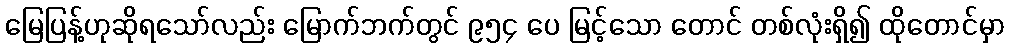
မြေပြန့်ဟုဆိုရသော်လည်း မြောက်ဘက်တွင် ၉၅၄ ပေ မြင့်သော တောင် တစ်လုံးရှိ၍ ထိုတောင်မှာ